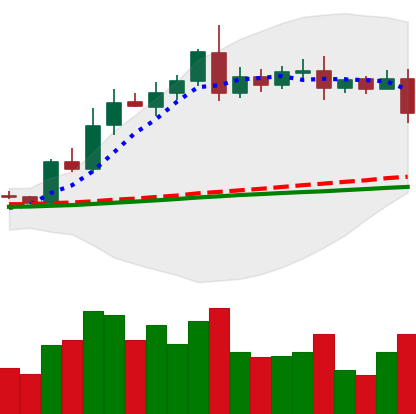
Ticker: LTC-USD
Chart end date: 2020-08-11
Forward return: 17.357%
Label: up_7plus